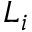
L _ { i }